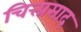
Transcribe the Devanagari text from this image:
चित्त्प्रसाद